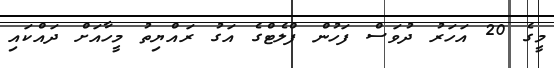
މީގެ 20 އަހަރު ދުވަސް ފަހުން ފްލެޓްގެ އަގު ރައްޔިތު މީހާއަށް ދައްކައި